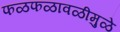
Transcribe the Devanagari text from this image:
फळफळावळीमुळे